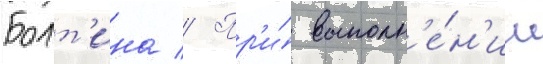
Болт'ина // Пр'и́ выполн'е́н'ии